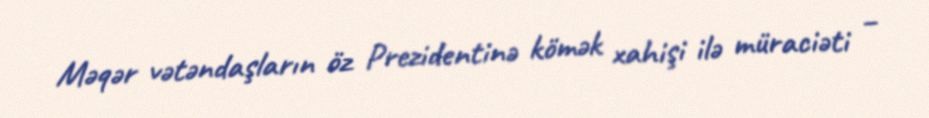
Məqər vətəndaşların öz Prezidentinə kömək xahişi ilə müraciəti –